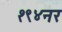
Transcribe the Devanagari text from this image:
१९४नर